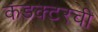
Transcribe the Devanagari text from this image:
कंडक्टरची